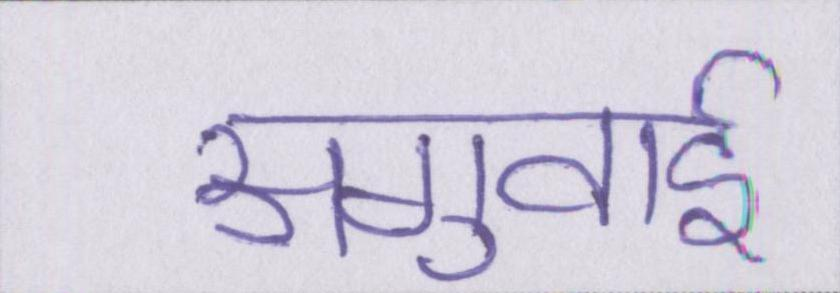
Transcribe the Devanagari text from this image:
अगुवाई